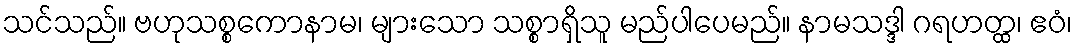
သင်သည်။ ဗဟုသစ္စကောနာမ၊ များသော သစ္စာရှိသူ မည်ပါပေမည်။ နာမသဒ္ဒါ ဂရဟတ္ထ၊ ဧဝံ၊